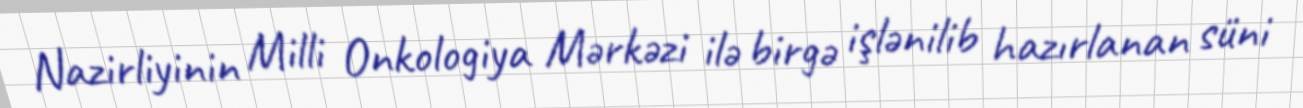
Nazirliyinin Milli Onkologiya Mərkəzi ilə birgə işlənilib hazırlanan süni